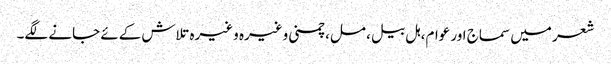
شعر میں سماج اور عوام، ہل بیل، مل، چمنی وغیرہ وغیرہ تلاش کےئے جانے لگے۔